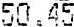
50.45